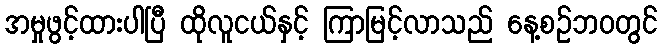
အမှုဖွင့်ထားပါပြီ ထိုလူငယ်နှင့် ကြာမြင့်လာသည် နေ့စဉ်ဘ၀တွင်